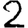
Digit: 2